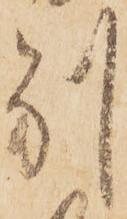
別